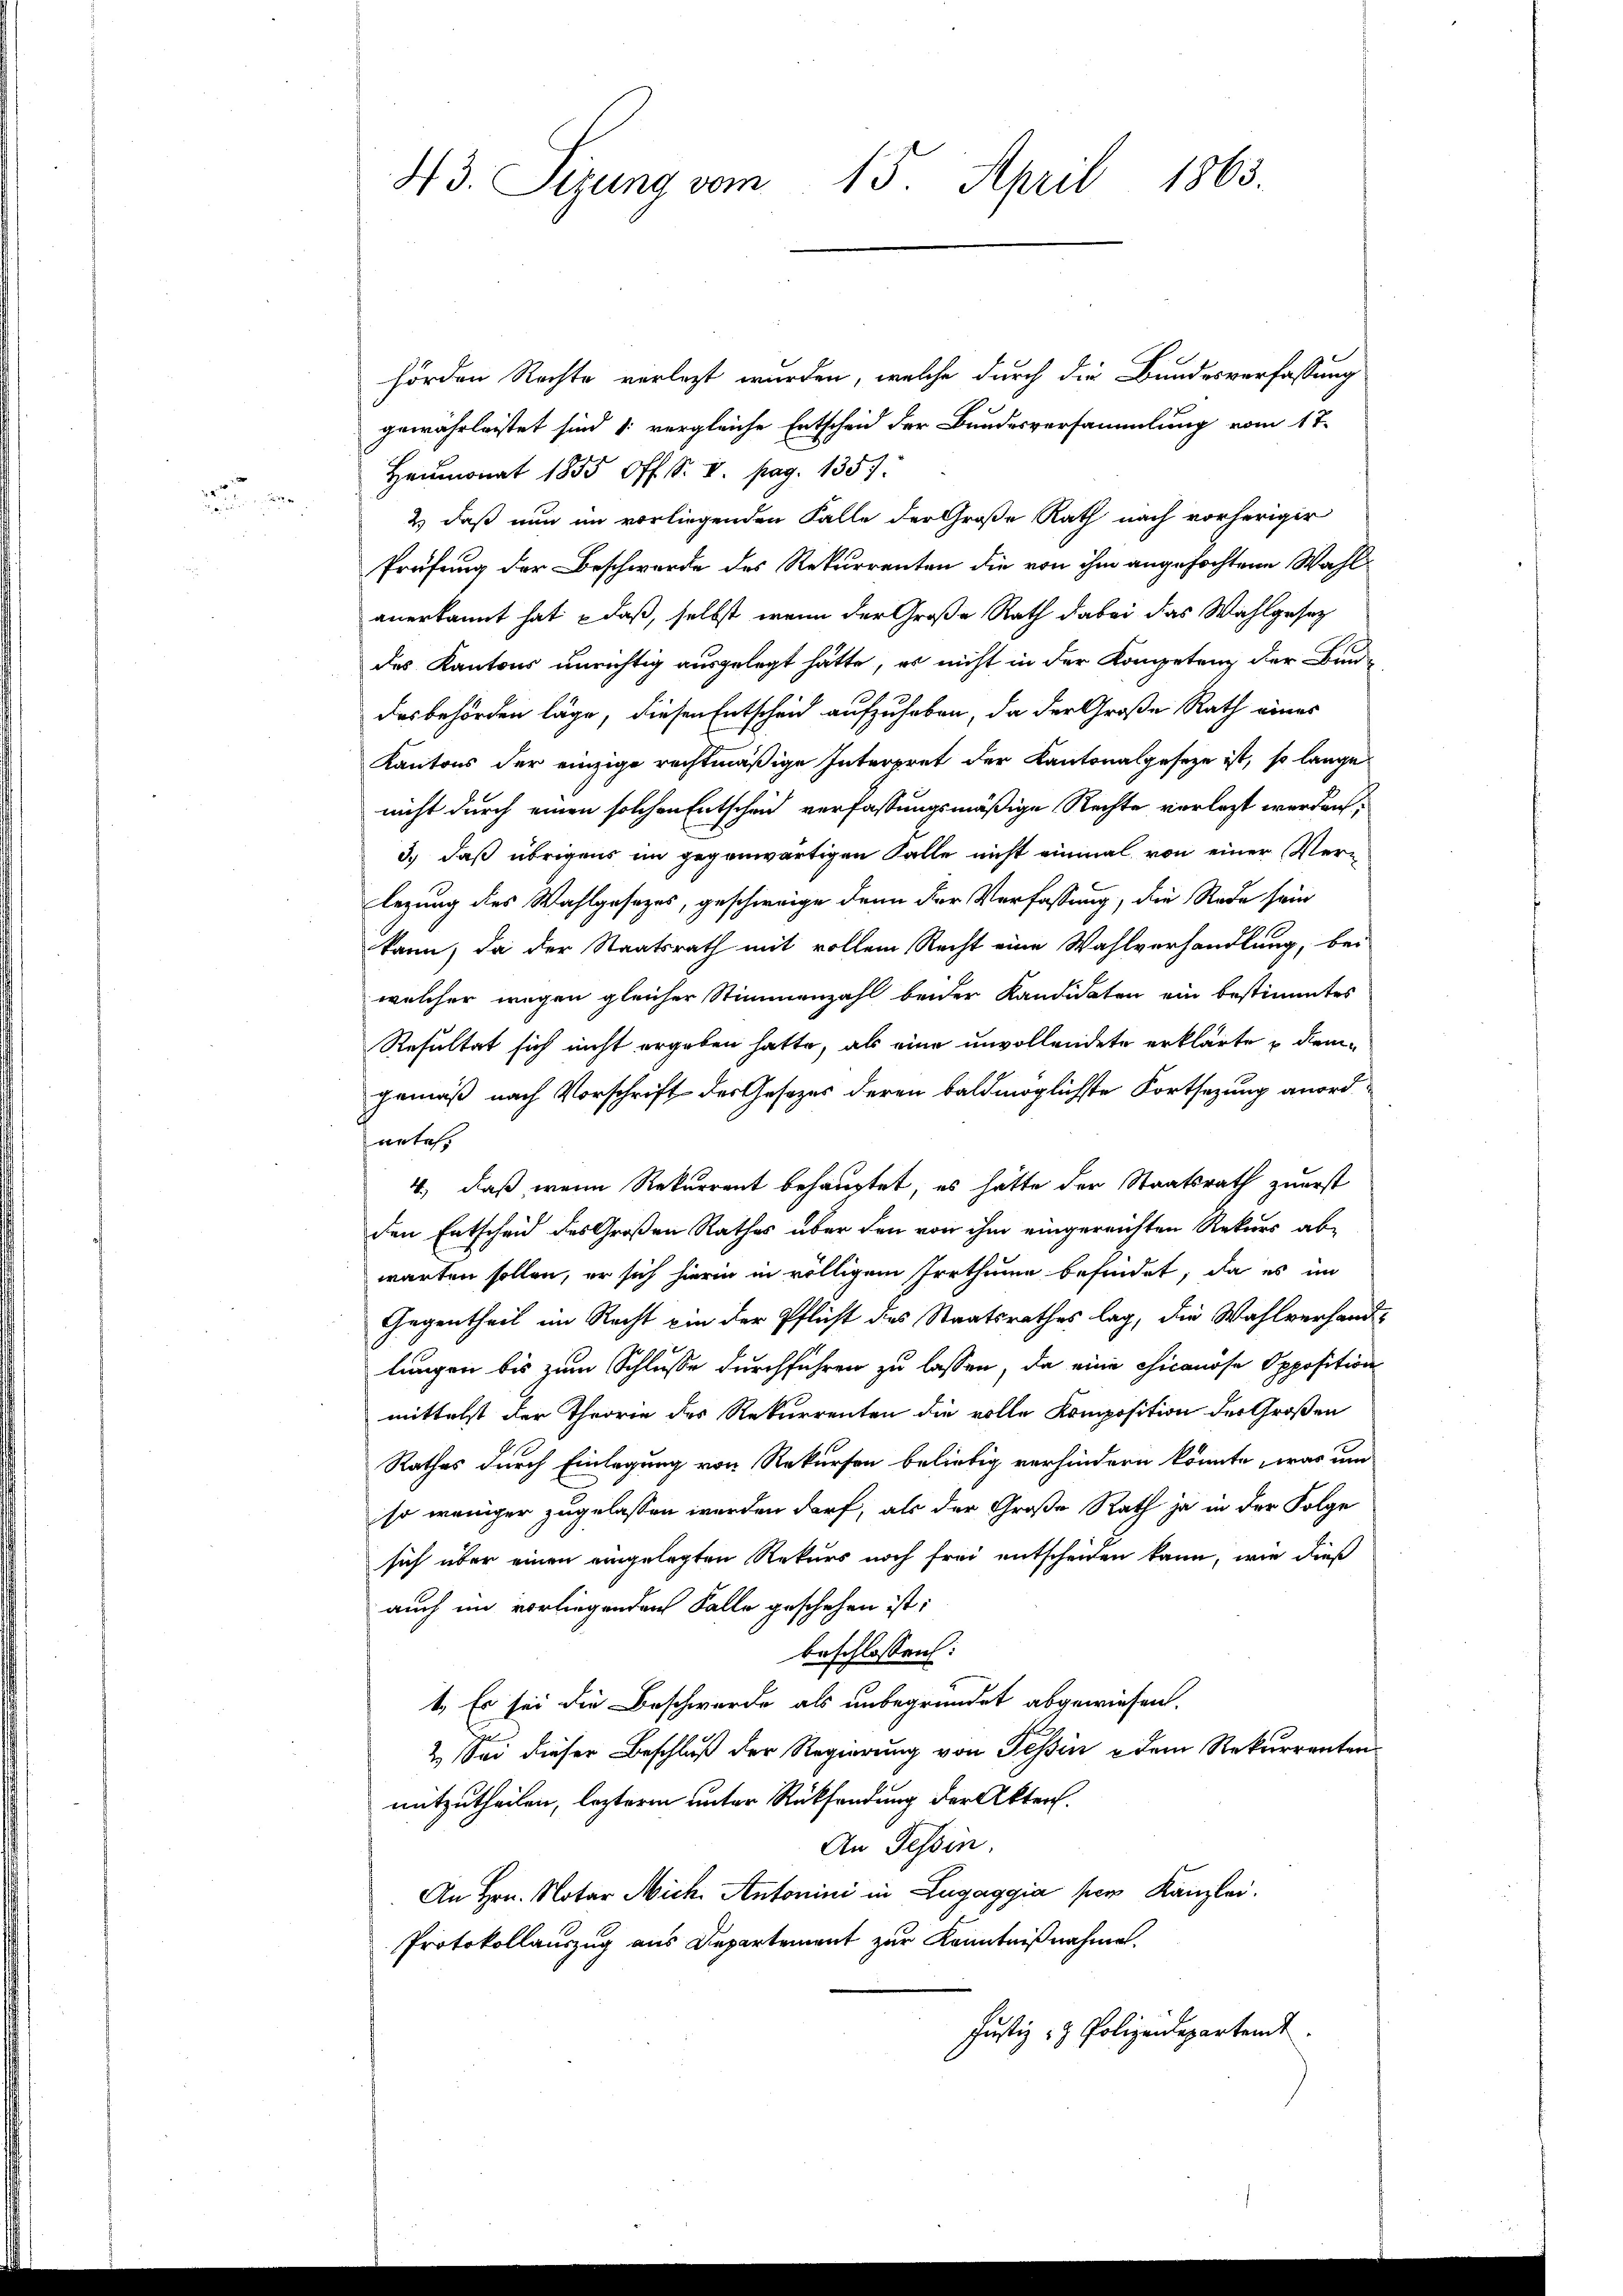
.

43. Sizung vom 15. April 1863.

hörden Rechte verlegt wurden, welche durch die Bundesverfassung
gewährleistet sind 1: vergleiche Entscheid der Bundesversammlung vom 17.
Heumonat 1855 Off. S. V. pag. 1357.
2.) daß nun im vorliegenden Falle der Große Rath nach vorheriger
Prüfung der Beschwerde des Rekurrenten die von ihm angefochtene Wahl
anerkannt hat – daß, selbst, wenn der Große Rath dabei das Wahlgesetz
des Kantons unrichtig ausgelegt hätte, es nicht in der Kompetenz der Bun-
desbehörden läge, diesen Entscheid aufzuheben, da der Große Rath eines
Kantons der einzige rechtmäßige Interpret der Kantonalgesetze ist, so lange
nicht durch einen solchen Entscheid verfassungsmäßige Rechte verlegt werden;
3.) Daß übrigens im gegenwärtigen Falle nicht einmal von einer Verlegung des Wahlgesezes, geschweige denn der Verfassung, die Rede sein
kann, da der Staatsrath mit vollem Recht eine Wahlverhandlung, bei
welcher wegen gleicher Stimmenzahl beider Kandidaten ein bestimmtes
Resultat sich nicht ergeben hatte, als eine unvollendete erklärte u demgemäß nach Vorschrift des Gesezes deren baldmöglichste Fortsetzung anord
nnte.
4., daß wenn Rekurrent behauptet, es hätte der Staatsrath zuerst
den Entscheid des Großen Rathes über den von ihm eingereichten Rekurs abwarten sollen, er sich hierin in völligem Irrthume befindet, da es im
Gegentheil im Recht ein der Pflicht des Staatsrathes lag, die Wahlverhandlungen bis zum Schlusse durchführen zu lassen, da eine Chicanöse Opposition
mittelst der Theorie des Rekurrenten die volle Komposition der Großen
Rathes durch Einlegung von Rekursen beliebig verhindern könnte, was und
so weniger zugelassen werden darf, als der Große Rath ja in der Folge
sich über einen eingelegten Rekurs noch frei entscheiden kann, wie dieß
auch im vorliegenden Falle geschehen ist;
beschlossen:
1. Es sei die Beschwerde als unbegründet abgewiesen.
2. Sei dieser Beschluß der Regierung von Tessin u dem Rekurrenten
mitzutheilen, lezteren unter Rücksendung der Akten.
An Tessin.
An Hrn. Notar Mich. Antonini in Lugaggia per Kanzlei.
Protokollauszug aus Departement zur Kenntnißnahme.
Justiz- & Polizeidepartend.